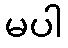
မပါ